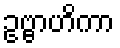
ဥဗ္ဗာဟိကာ